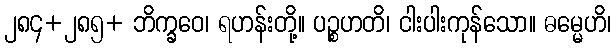
၂၈၄+၂၈၅+ ဘိက္ခဝေ၊ ရဟန်းတို့။ ပဉ္စဟတိ၊ ငါးပါးကုန်သော။ ဓမ္မေဟိ၊